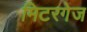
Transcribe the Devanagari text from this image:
मिटरगेज